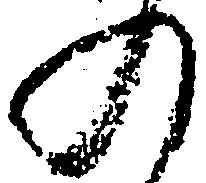
の